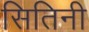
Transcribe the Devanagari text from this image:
सितिनी